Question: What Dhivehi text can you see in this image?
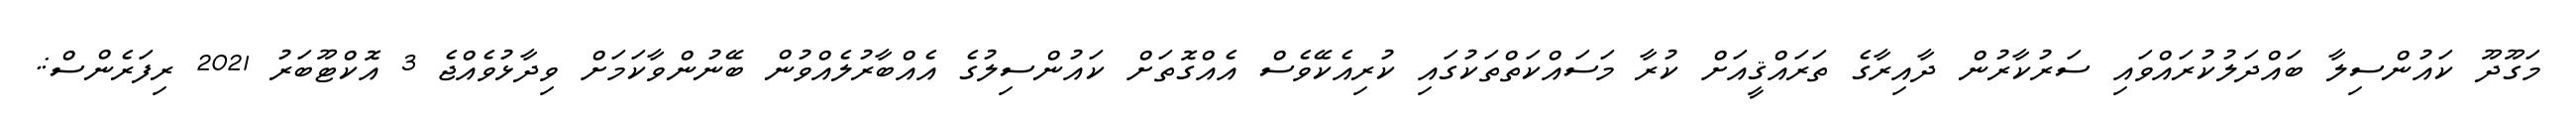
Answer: މަގޫދޫ ކައުންސިލާ ބައްދަލުކުރައްވައި ސަރުކާރުން ދާއިރާގެ ތަރައްޤީއަށް ކުރާ މަސައްކަތްތަކުގައި ކުރިއެކޭވެސް އެއްގޮތަށް ކައުންސިލުގެ އެއްބާރުލެއްވުން ބޭނުންވާކަމަށް ވިދާޅުވެއްޖެ 3 އޮކްޓޫބަރު 2021 ރިފަރެންސް:.